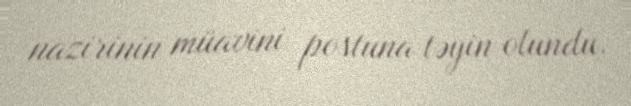
nazirinin müavini postuna təyin olundu.